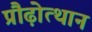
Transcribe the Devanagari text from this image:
प्रौढ़ोत्थान